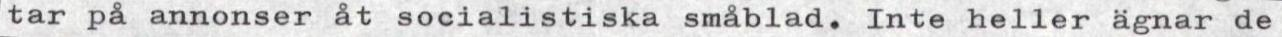
tar på annonser åt socialistiska småblad. Inte heller ägnar de